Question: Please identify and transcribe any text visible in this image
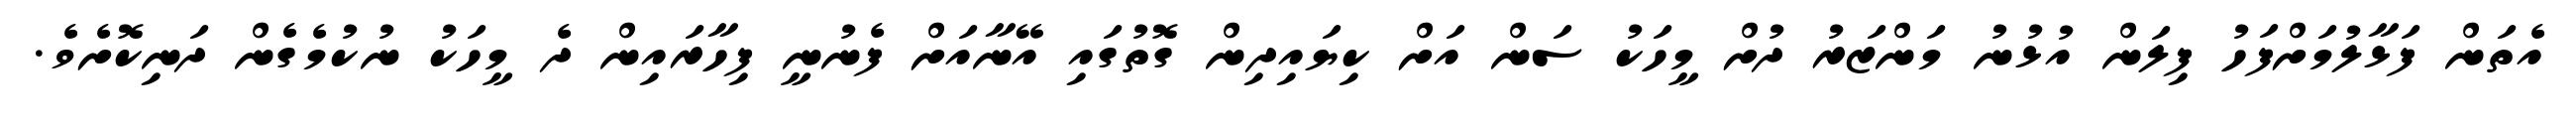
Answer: އެތަން ފަޅާލުމަށްފަހު ފިލަން އުޅުނު މަންޒަރު ދުށް މީހަކު ސަން އަށް ކިޔައިދިން ގޮތުގައި އޭނާއަށް ފެނުނީ ފިހާރައިން ދެ މީހަކު ނުކުމެގެން ދަނިކޮށެވެ.